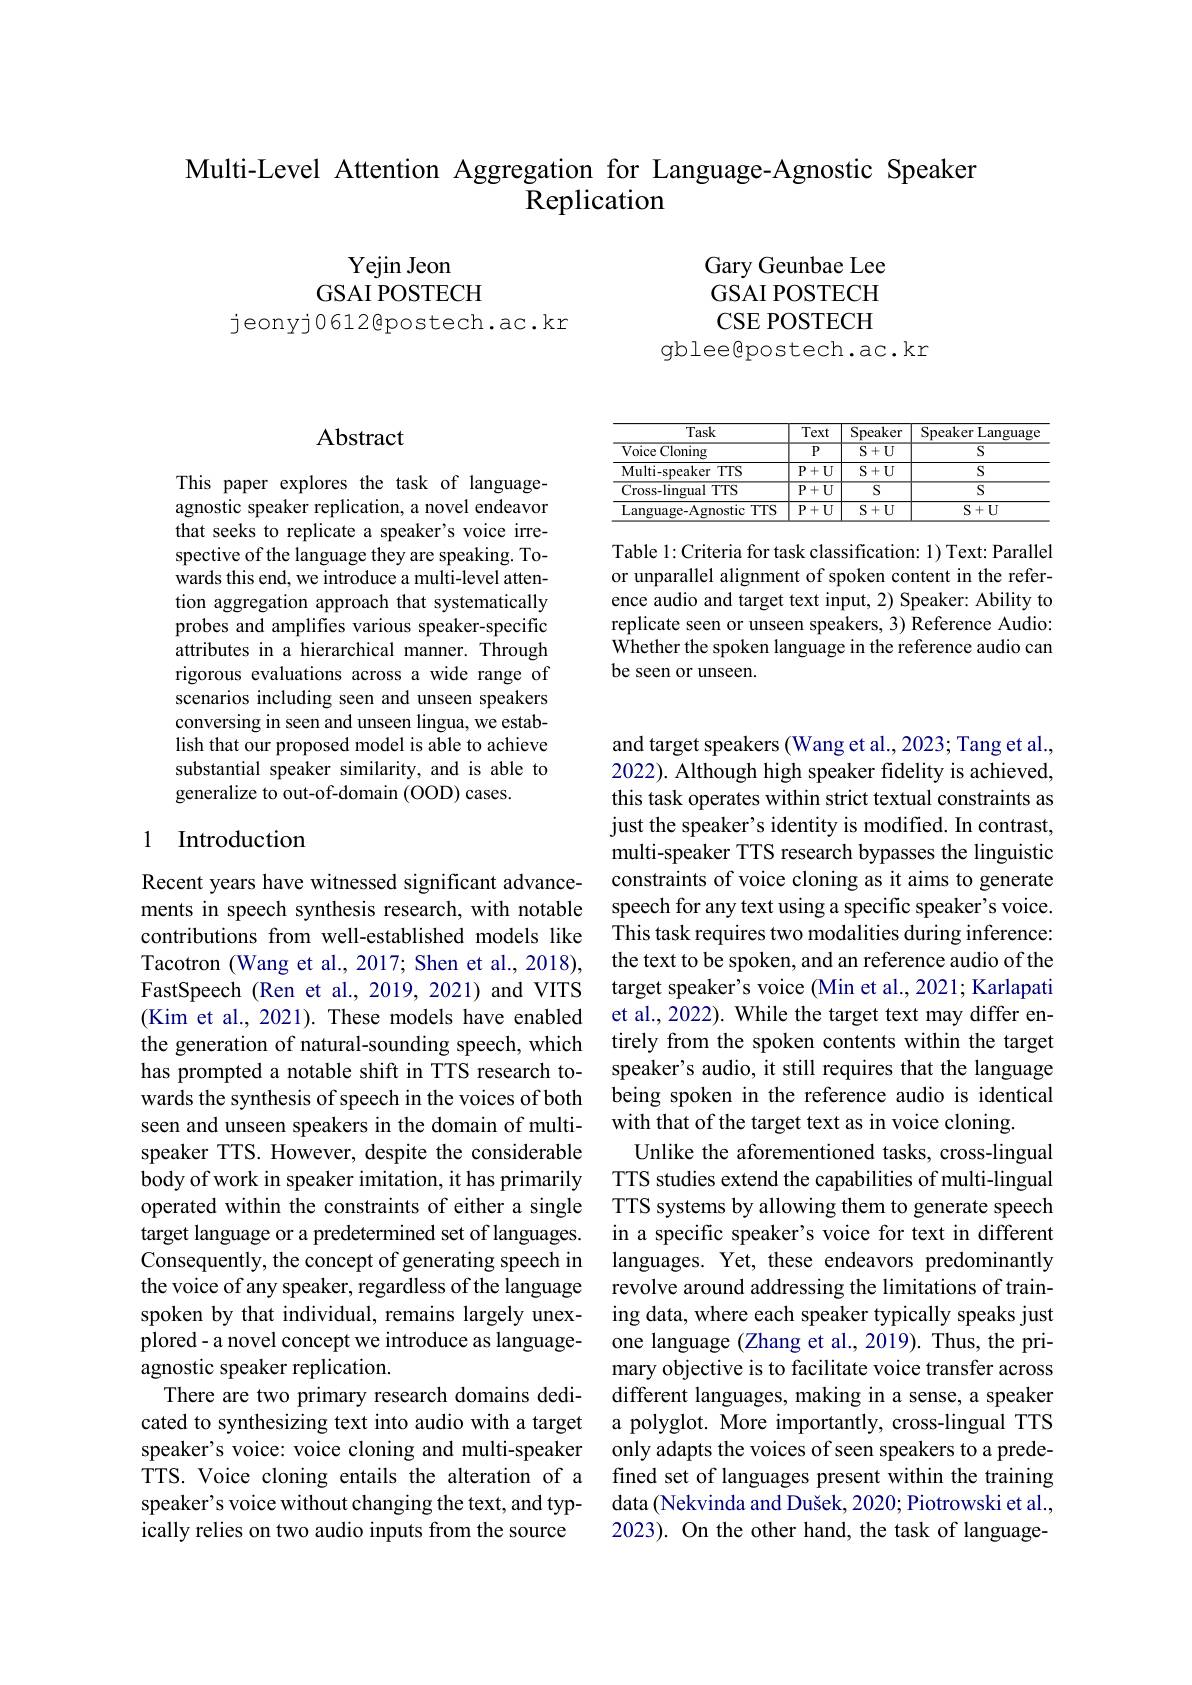
# Multi-Level Attention Aggregation for Language-Agnostic Speaker Replication

Yejin Jeon
GSAI POSTECH

jeonyj0612@postech.ac.kr

Gary Geunbae Lee GSAI POSTECH CSE POSTECH
gbleeßpostech.ac.kr

<table>
	<tbody>
		<tr>
			<th>Task</th>
			<th>Text</th>
			<th>Speaker</th>
			<th>Speaker Language</th>
		</tr>
		<tr>
			<td>$\overline{{\mathrm{Voice~Cloning}}}$</td>
			<td>$P$</td>
			<td>$\overline{S+U}$</td>
			<td>S</td>
		</tr>
		<tr>
			<td>Multi-speaker TTS</td>
			<td>$P+U$</td>
			<td>$S+U$</td>
			<td>S</td>
		</tr>
		<tr>
			<td>Cross-lingual TTS</td>
			<td>$\overline{\mathbf{P}+\mathbf{U}}$</td>
			<td>$S$</td>
			<td>S</td>
		</tr>
		<tr>
			<td>Language-Agnostic ${:}TTS$</td>
			<td>$\overline{P+U}$</td>
			<td>$S+U$</td>
			<td>$S+U$</td>
		</tr>
	</tbody>
</table>

Table 1: Criteria for task classification: 1) Text: Parallel or unparallel alignment of spoken content in the reference audio and target text input, 2) Speaker: Ability to replicate seen or unseen speakers, 3) Reference Audio: $\hat{\text{Whether the spoken language in the reference audio can}}$ be seen or unseen.

## Abstract

This paper explores the task of languageagnostic speaker replication, a novel endeavor that seeks to replicate a speaker's voice irrespective of the language they are speaking. Towards this end, we introduce a multi-level attention aggregation approach that systematically probes and amplifies various speaker-specific attributes in a hierarchical manner. Through rigorous evaluations across a wide range of scenarios including seen and unseen speakers conversing in seen and unseen lingua, we establish that our proposed model is able to achieve substantial speaker similarity, and is able to generalize to out-of-domain (OOD) cases.

## 1 Introduction

Recent years have witnessed significant advancements in speech synthesis research, with notable contributions from well-established models like Tacotron (Wang et al., 2017; Shen et al., 2018), FastSpeech (Ren et al., 2019, 2021) and VITS (Kim et al., 2021). These models have enabled has prompted a notable shift in TTS research towards the synthesis of speech in the voices of both seen and unseen speakers in the domain of multispeaker TTS. However, despite the considerable body of work in speaker imitation, it has primarily operated within the constraints of either a single target language or a predetermined set of languages. Consequently, the concept of generating speech in the voice of any speaker, regardless of the language spoken by that individual, remains largely unexplored- a novel concept we introduce as languageagnostic speaker replication.
There are two primary research domains dedicated to synthesizing text into audio with a target speaker's voice: voice cloning and multi-speaker speaker's voice without changing the text, and typically relies on two audio inputs from the source

and target speakers (Wang et al., 2023; Tang et al., 2022). Although high speaker fidelity is achieved, this task operates within strict textual constraints as just the speaker's identity is modified. In contrast, multi-speaker TTS research bypasses the linguistic constraints of voice cloning as it aims to generate speech for any text using a specific speaker's voice. This task requires two modalities during inference: the text to be spoken, and an reference audio of the target speaker's voice (Min et al., 2021; Karlapati et al., 2022). While the target text may differ en-
the generation of natural-sounding speech, which tirely from the spoken contents within the target
speaker's audio, it still requires that the language being spoken in the reference audio is identical with that of the target text as in voice cloning.
Unlike the aforementioned tasks, cross-lingual TTS studies extend the capabilities of multi-lingual TTS systems by allowing them to generate speech in a specific speaker's voice for text in different languages. Yet, these endeavors predominantly revolve around addressing the limitations of training data, where each speaker typically speaks just one language (Zhang et al., 2019). Thus, the primary objective is to facilitate voice transfer across different languages, making in a sense, a speaker a polyglot. More importantly, cross-lingual TTS only adapts the voices of seen speakers to a prede-
TTS. Voice cloning entails the alteration of a fined set of languages present within the training
data (Nekvinda and Dušek, 2020; Piotrowski et al., 2023). On the other hand, the task of language-